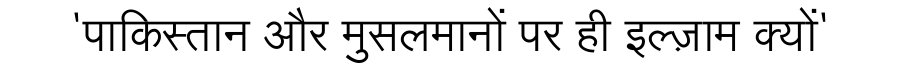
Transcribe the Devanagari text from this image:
'पाकिस्तान और मुसलमानों पर ही इल्ज़ाम क्यों'